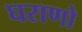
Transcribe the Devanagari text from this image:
घराणो